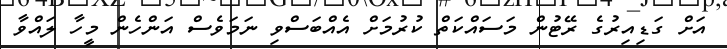
އަށް ގަޑިއިރުގެ ރޭޓުން މަސައްކަތް ކުރުމަށް އެއްބަސްވި ނަމަވެސް އަންހެން މީހާ ލައްވާ